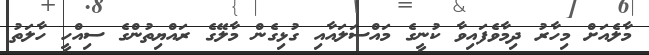
މާލެއަށް މިހާރު ދިމާވެފައިވާ ކުނީގެ މައްސަލައާއި ގުޅިގެން މާލޭގެ ރައްޔިތުންގެ ސިއްހީ ހާލަތު